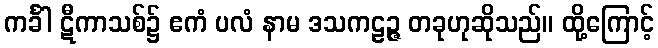
ကင်္ခါ ဋီကာသစ်၌ ဧကံ ပလံ နာမ ဒသကဠဉ္ဇ တခုဟုဆိုသည်။ ထို့ကြောင့်